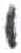
אות: י